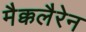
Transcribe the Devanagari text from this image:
मैक्कलैरेन